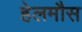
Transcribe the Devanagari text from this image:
हेलमौस